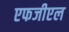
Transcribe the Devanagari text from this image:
एफजीएल